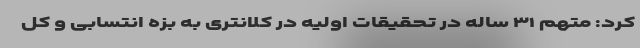
کرد: متهم ۳۱ ساله در تحقیقات اولیه در کلانتری به بزه انتسابی و کل